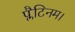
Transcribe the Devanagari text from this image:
प्लैटिनम।